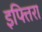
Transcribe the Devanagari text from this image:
इफ्तिरा